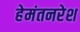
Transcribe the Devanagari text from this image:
हेमंतनरेश